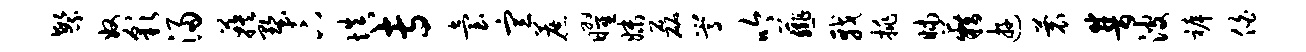
繁奴彩浸蔟墅卞填专台宣蔗曜妹磊嵩吟薤戟挑昧籍游蓑普波裤伯